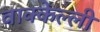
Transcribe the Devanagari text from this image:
वाक्केल्ली